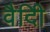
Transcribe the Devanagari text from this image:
वैदीि